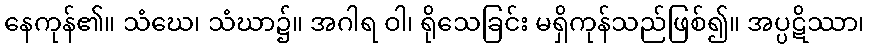
နေကုန်၏။ သံဃေ၊ သံဃာ၌။ အဂါရ ဝါ၊ ရိုသေခြင်း မရှိကုန်သည်ဖြစ်၍။ အပ္ပဋိဿာ၊